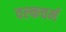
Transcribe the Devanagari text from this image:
वल्कचर्म